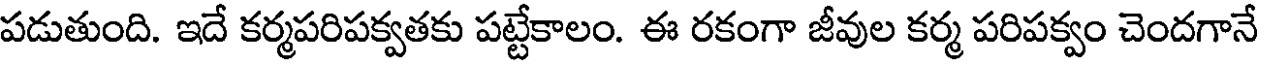
పడుతుంది. ఇదే కర్మపరిపక్వతకు పట్టేకాలం. ఈ రకంగా జీవుల కర్మ పరిపక్వం చెందగానే